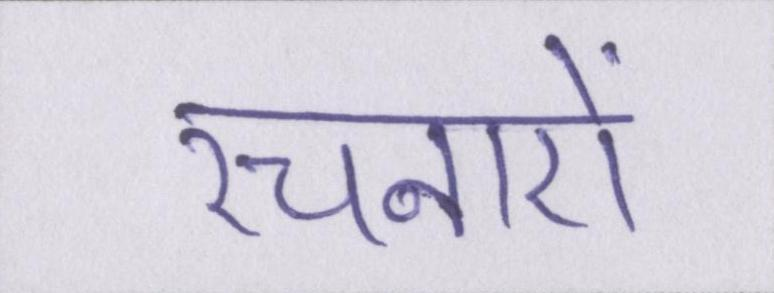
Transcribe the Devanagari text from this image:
रचनाऐं